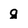
Character: g